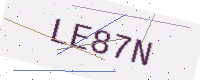
Text: LE87N